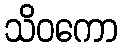
သိဝကော